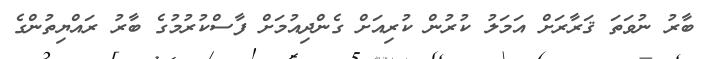
ބާރު ނުވަތަ ޤަރާރަށް އަމަލު ކުރުން ކުރިއަށް ގެންދިއުމަށް ފާސްކުރުމުގެ ބާރު ރައްޔިތުންގެ